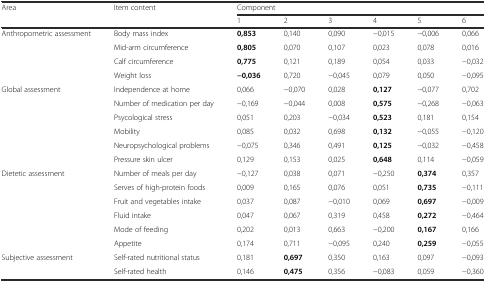
<table><thead><tr><td rowspan="2"><b>Area</b></td><td rowspan="2"><b>Item content</b></td><td colspan="6"><b>Component</b></td></tr><tr><td><b>1</b></td><td><b>2</b></td><td><b>3</b></td><td><b>4</b></td><td><b>5</b></td><td><b>6</b></td></tr></thead><tbody><tr><td>Anthropometric assessment</td><td>Body mass index</td><td><b>0,853</b></td><td>0,140</td><td>0,090</td><td>−0,015</td><td>−0,006</td><td>0,066</td></tr><tr><td></td><td>Mid-arm circumference</td><td><b>0,805</b></td><td>0,070</td><td>0,107</td><td>0,023</td><td>0,078</td><td>0,016</td></tr><tr><td></td><td>Calf circumference</td><td><b>0,775</b></td><td>0,121</td><td>0,189</td><td>0,054</td><td>0,033</td><td>−0,032</td></tr><tr><td></td><td>Weight loss</td><td><b>−0,036</b></td><td>0,720</td><td>−0,045</td><td>0,079</td><td>0,050</td><td>−0,095</td></tr><tr><td>Global assessment</td><td>Independence at home</td><td>0,066</td><td>−0,070</td><td>0,028</td><td><b>0,127</b></td><td>−0,077</td><td>0,702</td></tr><tr><td></td><td>Number of medication per day</td><td>−0,169</td><td>−0,044</td><td>0,008</td><td><b>0,575</b></td><td>−0,268</td><td>−0,063</td></tr><tr><td></td><td>Psycological stress</td><td>0,051</td><td>0,203</td><td>−0,034</td><td><b>0,523</b></td><td>0,181</td><td>0,154</td></tr><tr><td></td><td>Mobility</td><td>0,085</td><td>0,032</td><td>0,698</td><td><b>0,132</b></td><td>−0,055</td><td>−0,120</td></tr><tr><td></td><td>Neuropsychological problems</td><td>−0,075</td><td>0,346</td><td>0,491</td><td><b>0,125</b></td><td>−0,032</td><td>−0,458</td></tr><tr><td></td><td>Pressure skin ulcer</td><td>0,129</td><td>0,153</td><td>0,025</td><td><b>0,648</b></td><td>0,114</td><td>−0,059</td></tr><tr><td>Dietetic assessment</td><td>Number of meals per day</td><td>−0,127</td><td>0,038</td><td>0,071</td><td>−0,250</td><td><b>0,374</b></td><td>0,357</td></tr><tr><td></td><td>Serves of high-protein foods</td><td>0,009</td><td>0,165</td><td>0,076</td><td>0,051</td><td><b>0,735</b></td><td>−0,111</td></tr><tr><td></td><td>Fruit and vegetables intake</td><td>0,037</td><td>0,087</td><td>−0,010</td><td>0,069</td><td><b>0,697</b></td><td>−0,009</td></tr><tr><td></td><td>Fluid intake</td><td>0,047</td><td>0,067</td><td>0,319</td><td>0,458</td><td><b>0,272</b></td><td>−0,464</td></tr><tr><td></td><td>Mode of feeding</td><td>0,202</td><td>0,013</td><td>0,663</td><td>−0,200</td><td><b>0,167</b></td><td>0,166</td></tr><tr><td></td><td>Appetite</td><td>0,174</td><td>0,711</td><td>−0,095</td><td>0,240</td><td><b>0,259</b></td><td>−0,055</td></tr><tr><td>Subjective assessment</td><td>Self-rated nutritional status</td><td>0,181</td><td><b>0,697</b></td><td>0,350</td><td>0,163</td><td>0,097</td><td>−0,093</td></tr><tr><td></td><td>Self-rated health</td><td>0,146</td><td><b>0,475</b></td><td>0,356</td><td>−0,083</td><td>0,059</td><td>−0,360</td></tr></tbody></table>